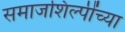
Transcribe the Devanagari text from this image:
समाजशिल्पींच्या